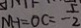
N H = O C = \frac { 5 } { - 2 }